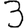
Digit: 3